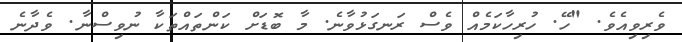
ވެރިވިއެވެ. "ހޭ. ހުރިހާކަމެއް ވެސް ރަނގަޅުވާނެ. މާ ބޮޑަށް ކަންތައްތަކާ ނުވިސްނާ. ވެދާނެ